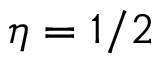
\eta = 1 / 2